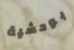
بوحشية